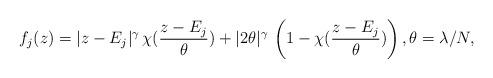
LaTeX: \begin{align*}f_j(z)=|z-E_j|^\gamma\, \chi(\frac{z-E_j}{\theta})+|2\theta|^\gamma\, \left(1-\chi(\frac{z-E_j}{\theta})\right), \theta=\lambda/N,\end{align*}